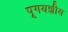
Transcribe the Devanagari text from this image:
पूगयज्ञीय